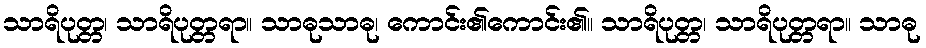
သာရိပုတ္တ၊ သာရိပုတ္တရာ။ သာဓုသာဓု၊ ကောင်း၏ကောင်း၏။ သာရိပုတ္တ၊ သာရိပုတ္တရာ။ သာဓု